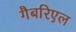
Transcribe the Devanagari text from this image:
गैबरिएल